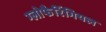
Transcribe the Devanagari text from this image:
ग्लोफैरिंगियल